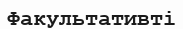
Факультативті